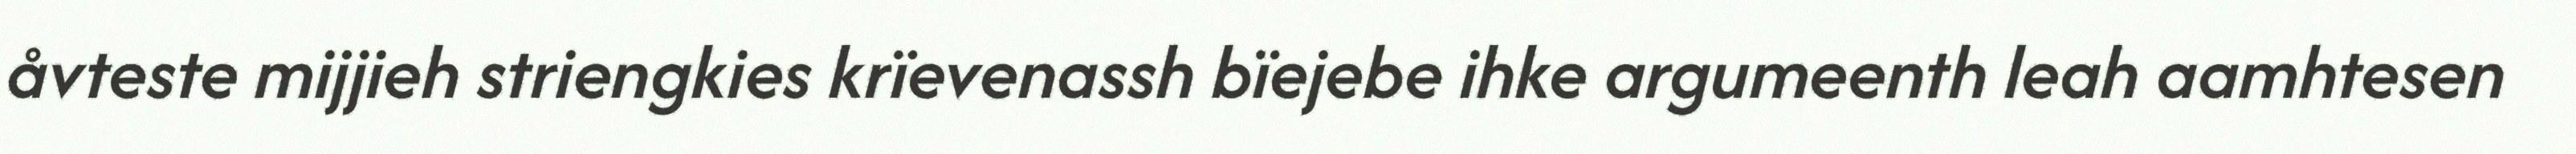
åvteste mijjieh striengkies krïevenassh bïejebe ihke argumeenth leah aamhtesen